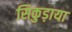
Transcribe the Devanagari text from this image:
सिकुड़ाया